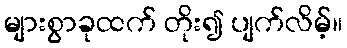
များစွာခုထက် တိုး၍ ပျက်လိမ့်။